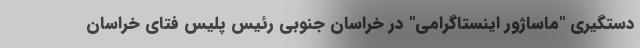
دستگیری "ماساژور اینستاگرامی" در خراسان جنوبی رئیس پلیس فتای خراسان